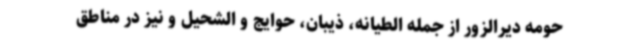
حومه دیرالزور از جمله الطیانه، ذیبان، حوایج و الشحیل و نیز در مناطق